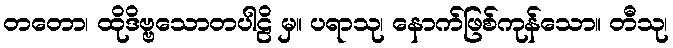
တတော၊ ထိုဒိဗ္ဗသောတပါဠိ မှ။ ပရာသု၊ နောက်ဖြစ်ကုန်သော။ တီသု၊